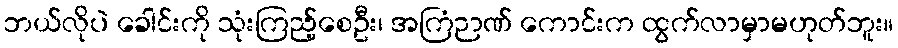
ဘယ်လိုပဲ ခေါင်းကို သုံးကြည့်စေဦး၊ အကြံဉာဏ် ကောင်းက ထွက်လာမှာမဟုတ်ဘူး။